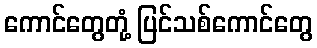
ကောင်တွေတုံ့ ပြင်သစ်ကောင်တွေ